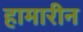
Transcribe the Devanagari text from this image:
हामारीन